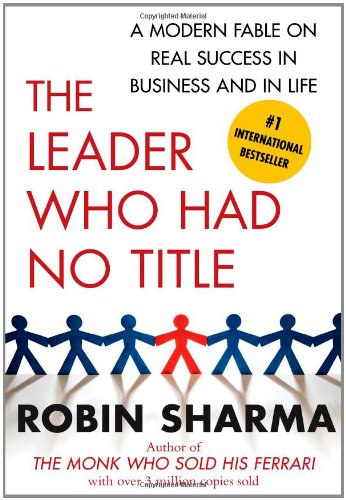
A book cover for The Leader Who Had No Title: A Modern Fable on Real Success in Business and in Life; Robin Sharma; Business & Money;